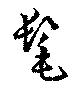
髦